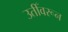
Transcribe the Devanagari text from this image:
उतीँवरून